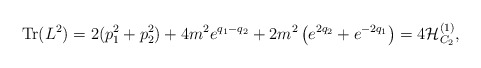
\begin{align*}\mbox{Tr}(L^2)=2(p_1^2+p_2^2)+4m^2e^{q_1-q_2}+2m^2\left(e^{2q_2} +e^{-2q_1}\right)=4{\cal H}_{C_2}^{(1)},\end{align*}